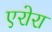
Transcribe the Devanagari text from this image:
एरोरा